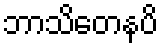
ဘာသိတေနပိ